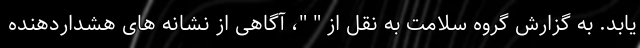
یابد. به گزارش گروه سلامت به نقل از " "، آگاهی از نشانه های هشداردهنده